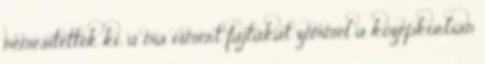
nemesítették ki; a ma ismert fajtákat zömmel a középkorban